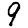
Digit: 9